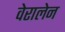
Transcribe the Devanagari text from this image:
वेरालेन